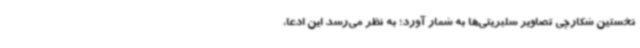
نخستین شکارچی تصاویر سلبریتی‌ها به شمار آورد؛ به نظر می‌رسد این ادعا،